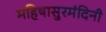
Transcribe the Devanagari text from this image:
महिषासुरमंदिनी